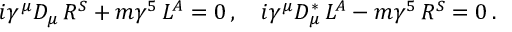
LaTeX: i \gamma ^ { \mu } D _ { \mu } \, { \cal R } ^ { S } + m \gamma ^ { 5 } \, { \cal L } ^ { A } = 0 \, , \quad i \gamma ^ { \mu } D _ { \mu } ^ { \ast } \, { \cal L } ^ { A } - m \gamma ^ { 5 } \, { \cal R } ^ { S } = 0 \, . \quad